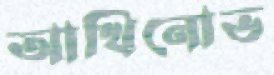
আখিনোভ